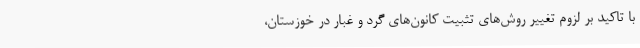
با تاکید بر لزوم تغییر روش‌های تثبیت کانون‌های گرد و غبار در خوزستان،